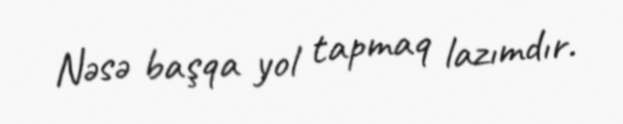
Nəsə başqa yol tapmaq lazımdır.